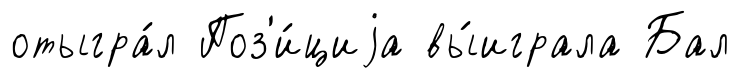
отыгра́л Поз'и́циjа вы́играла Бал